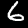
Digit: 6